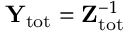
\mathbf { Y } _ { \mathrm { t o t } } = \mathbf { Z } _ { \mathrm { t o t } } ^ { - 1 }